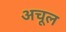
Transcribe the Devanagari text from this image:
अचूल